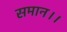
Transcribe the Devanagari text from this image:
समान।।